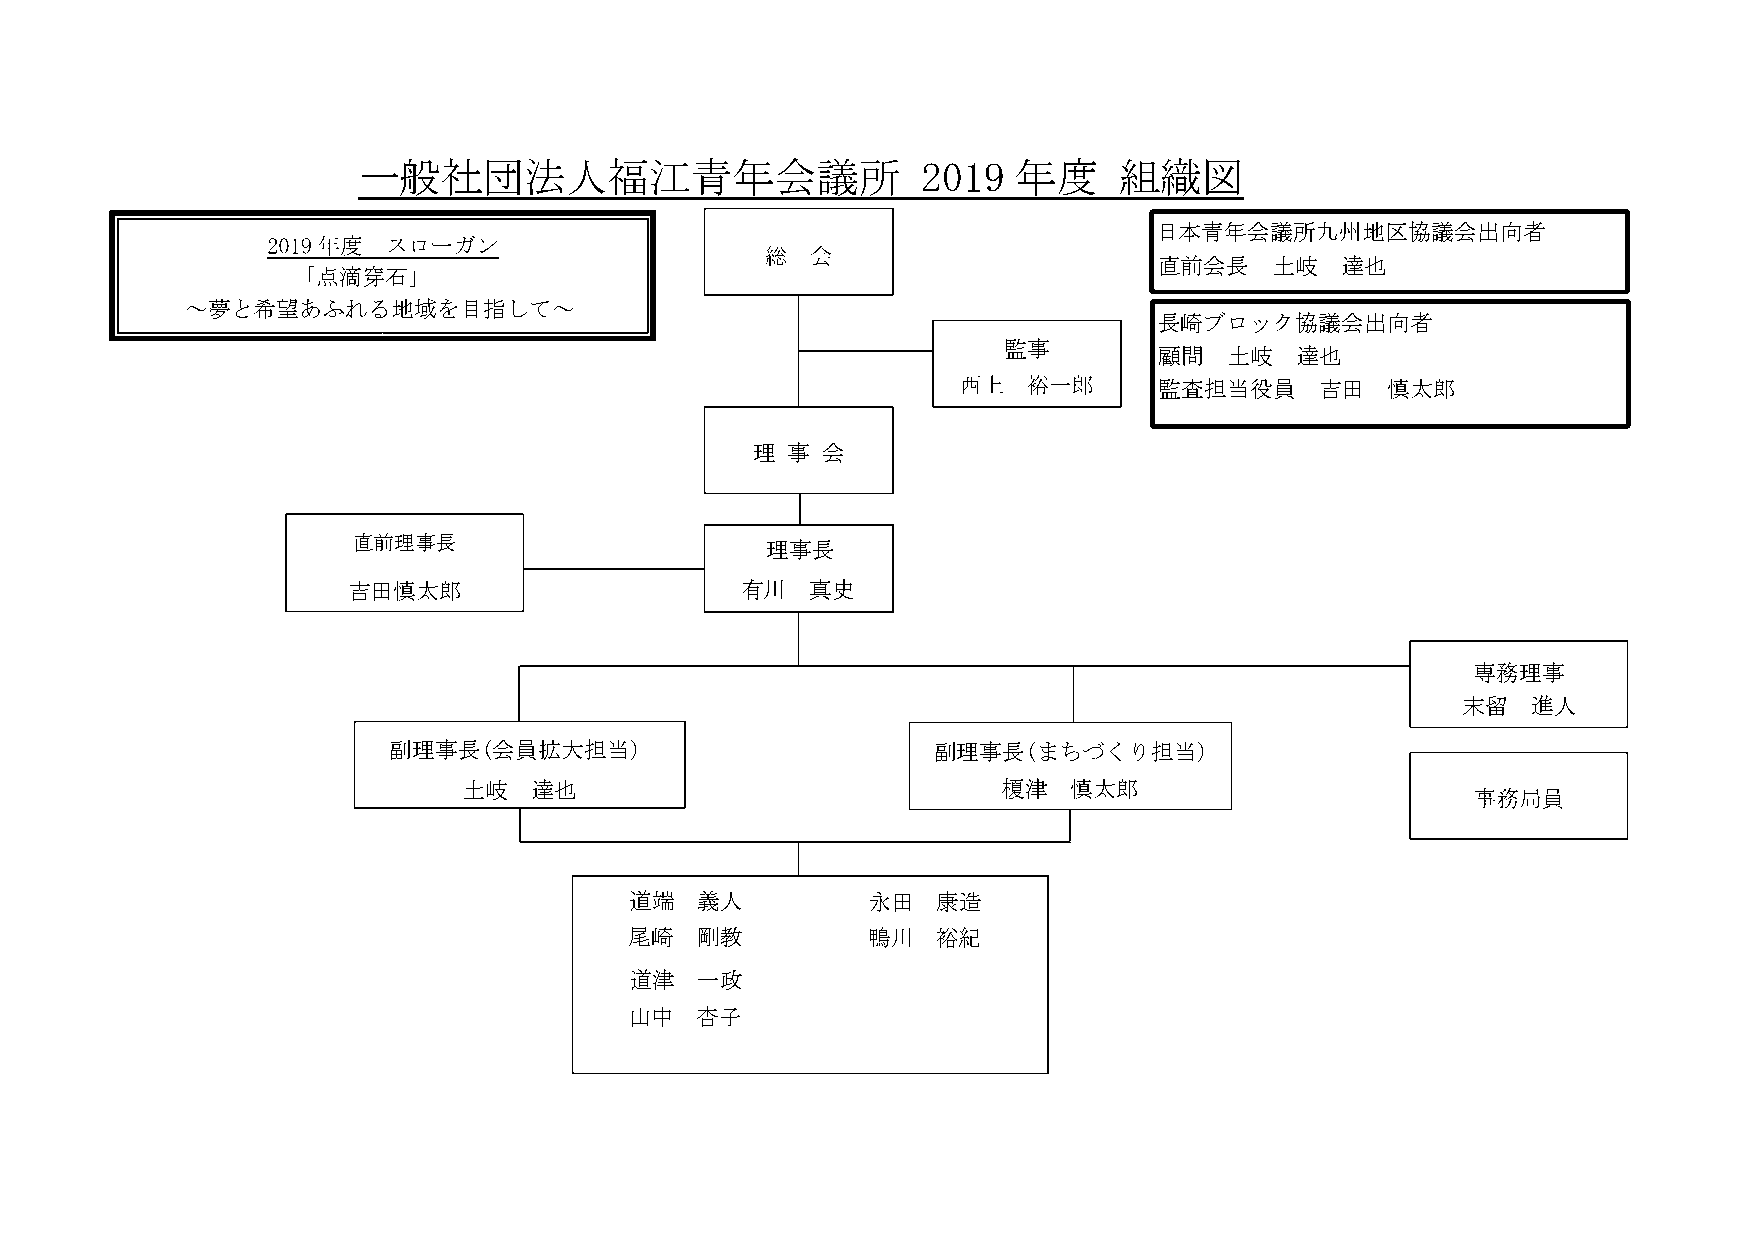
一般社団法人福江青年会議所                        2019  年度     組織図
 日本青年会議所九州地区協議会出向者
 直前会長   土岐   達也
 「点滴穿石」
 ～夢と希望あ   ふれる  地域を目指し   て～
 長崎ブロック協議会出向者
 監事
 顧問  土岐   達也
 監査担当役員    吉田   慎太郎
 理 事 会
 直前理事長
 理事長
 吉田慎  太郎                   有川   真史
 専務理事
 末留  進人
 副理事長(会  員拡大担当)                      副理事長(まちづくり担当)
 土岐  達也                             榎津   慎太郎
 道端  義人          永田  康造
 尾崎  剛教         鴨川   裕紀
 道津  一政
 山中  杏子